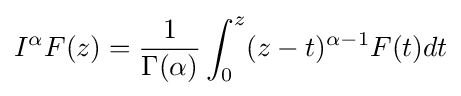
I^{\alpha }F(z)={\frac {1}{\Gamma (\alpha )}}\int _{0}^{z}(z-t)^{\alpha -1}F(t)dt